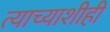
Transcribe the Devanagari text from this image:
त्याच्याशीही